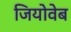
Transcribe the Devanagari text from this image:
जियोवेब